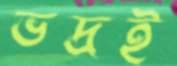
ভদ্রই